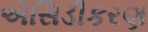
એસિડીકરણ